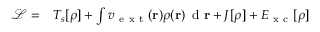
\begin{array} { r l } { \mathcal { L } = } & { { } T _ { s } [ \rho ] + \int v _ { \mathrm { ~ e ~ x ~ t ~ } } ( \mathbf { r } ) \rho ( \mathbf { r } ) \, \mathrm { ~ d ~ } \mathbf { r } + J [ \rho ] + E _ { \mathrm { ~ x ~ c ~ } } [ \rho ] } \end{array}